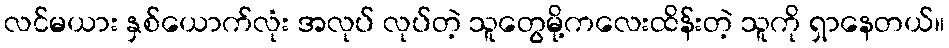
လင်မယား နှစ်ယောက်လုံး အလုပ် လုပ်တဲ့ သူတွေမို့ကလေးထိန်းတဲ့ သူကို ရှာနေတယ်။